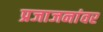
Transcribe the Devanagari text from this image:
प्रजाजनांवर